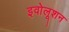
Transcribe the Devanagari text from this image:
इवोलूशन